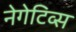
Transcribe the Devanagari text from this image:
नेगेटिव्स